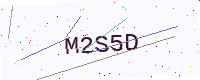
Text: M2S5D